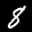
Label: 8